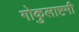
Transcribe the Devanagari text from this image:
गोकुलाष्टमी